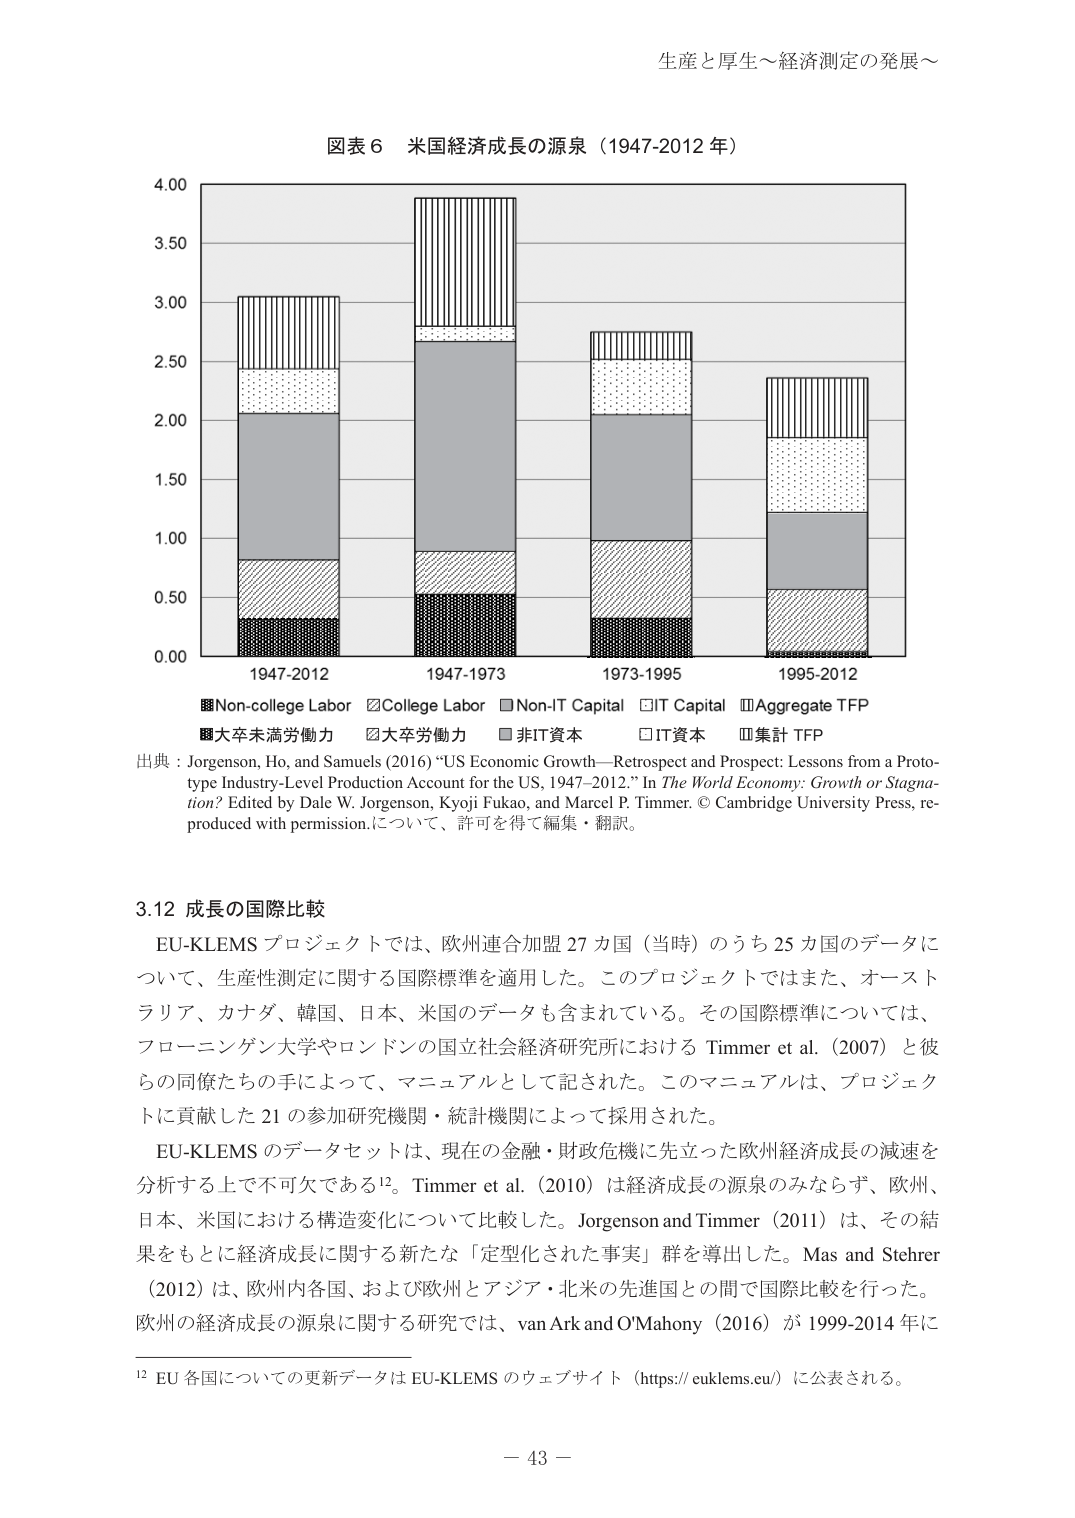
生産と厚生～経済測定の発展～

図表６ 米国経済成長の源泉（1947-2012 年）

4.00
3.50
3.00
2.50
2.00
1.50
1.00
0.50
0.00

1947-2012  1947-1973  1973-1995  1995-2012

■Non-college Labor  ■College Labor  ■Non-IT Capital  ■IT Capital  ■Aggregate TFP
■大卒未満労働力  ■大卒労働力  ■非IT資本  ■IT資本  ■集計 TFP

出典：Jorgenson, Ho, and Samuels (2016) “US Economic Growth—Retrospect and Prospect: Lessons from a Prototype Industry-Level Production Account for the US, 1947–2012.” In The World Economy: Growth or Stagnation? Edited by Dale W. Jorgenson, Kyoji Fukao, and Marcel P. Timmer. © Cambridge University Press, reproduced with permission.について、許可を得て編集・翻訳。

3.12 成長の国際比較

EU-KLEMS プロジェクトでは、欧州連合加盟 27 カ国（当時）のうち 25 カ国のデータについて、生産性測定に関する国際標準を適用した。このプロジェクトではまた、オーストラリア、カナダ、韓国、日本、米国のデータも含まれている。その国際標準については、フローニンゲン大学やロンドンの国立社会経済研究所における Timmer et al. (2007) と彼らの同僚たちの手によって、マニュアルとして記された。このマニュアルは、プロジェクトに貢献した 21 の参加研究機関・統計機関によって採用された。

EU-KLEMS のデータセットは、現在の金融・財政危機に先立った欧州経済成長の減速を分析する上で不可欠である¹²。Timmer et al. (2010) は経済成長の源泉のみならず、欧州、日本、米国における構造変化について比較した。Jorgenson and Timmer (2011) は、その結果をもとに経済成長に関する新たな「定型化された事実」群を導出した。Mas and Stehrer (2012) は、欧州内各国、および欧州とアジア・北米の先進国との間で国際比較を行った。欧州の経済成長の源泉に関する研究では、van Ark and O’Mahony (2016) が 1999-2014 年に

¹² EU 各国についての更新データは EU-KLEMS のウェブサイト（https://euklems.eu/）に公表される。

－ 43 －